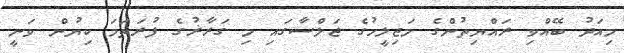
މިއަދު ބޭއްވި ރައްޔިތުންގެ މަޖިލީހުގެ ޖަލްސާގައި މި ގަރާޜުގެ ފުރަތަމަ ކިޔުން ވަނީ